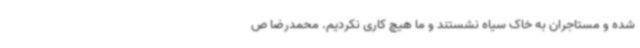
شده و مستاجران به خاک سیاه نشستند و ما هیچ کاری نکردیم. محمدرضا ص